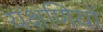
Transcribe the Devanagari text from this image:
यक्षणियों